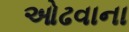
ઓઢવાના